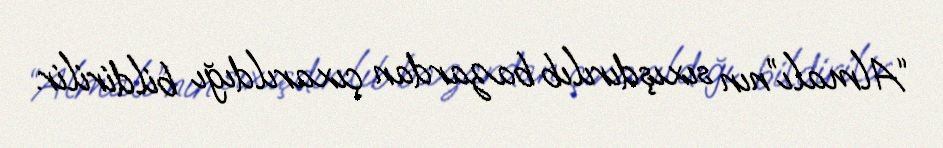
“Almalı”nın sıxışdırılıb bazardan çıxarıldığı bildirilir.